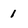
Character: 1